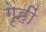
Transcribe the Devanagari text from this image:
गृहीं